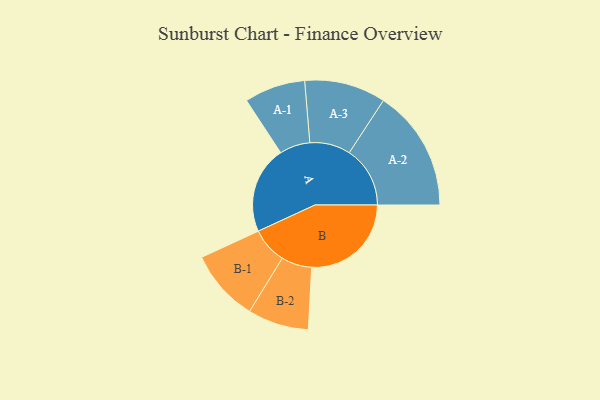
{"axis": {"x": "Segment", "y": "Value"}, "legend": ["", "A", "B"], "data": [{"x": "A", "y": 380, "type": ""}, {"x": "B", "y": 434, "type": ""}, {"x": "A-1", "y": 133, "type": "A"}, {"x": "A-2", "y": 265, "type": "A"}, {"x": "A-3", "y": 177, "type": "A"}, {"x": "B-1", "y": 157, "type": "B"}, {"x": "B-2", "y": 133, "type": "B"}]}